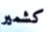
كشمير